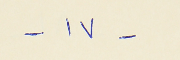
- ١٧ -